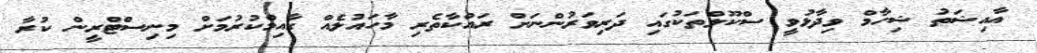
އާއިޝަތު ޝިހާމް ވިދާޅުވީ ސްކޫލްތަކުގައި ދަރިވަރުންނަށް ރައްކާތެރި މާހައުލެއް ގާއިމްކުރުމަށް މިނިސްޓްރީން ކުރާ